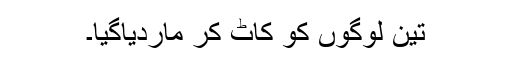
تین لوگوں کو کاٹ کر ماردیاگیا۔